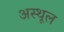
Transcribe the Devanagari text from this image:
अस्थूल